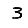
Digit: 3